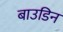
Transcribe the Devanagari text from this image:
बाउडिन